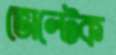
ভোল্টেক